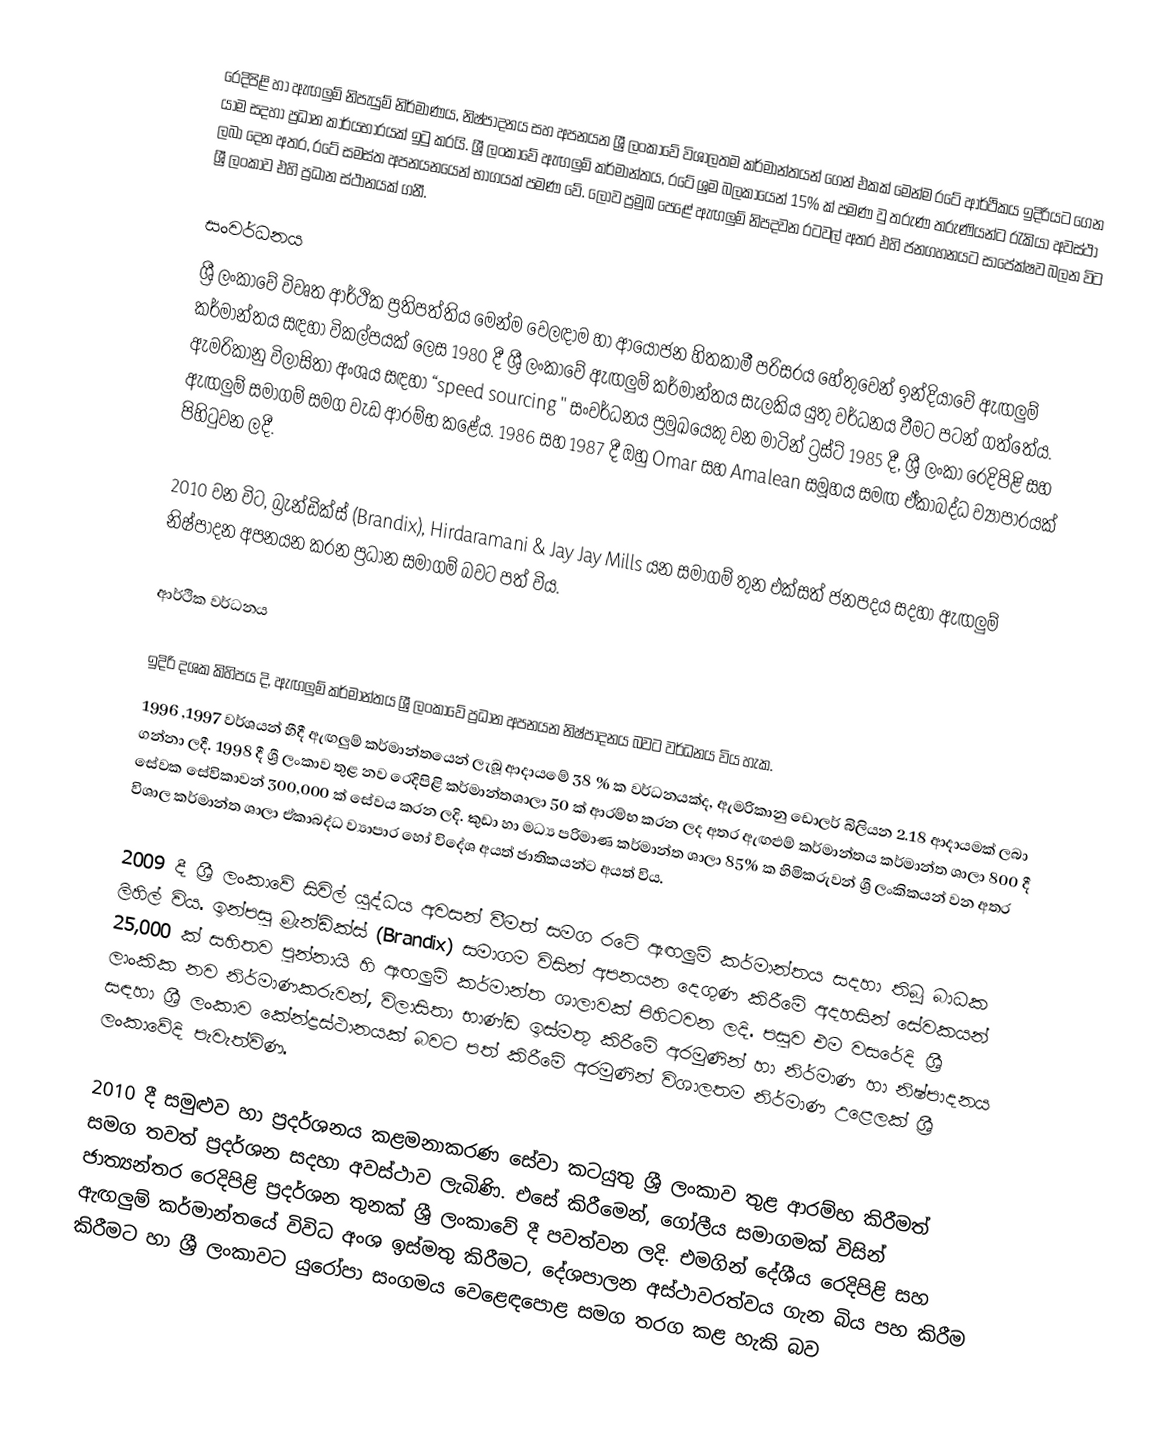
රෙදිපිළි හා ඇඟලුම් නිපැයුම් නිර්මාණය, නිෂ්පාදනය සහ අපනයන ශ්‍රී ලංකාවේ විශාලතම කර්මාන්තයන් ගෙන් එකක් මෙන්ම රටේ ආර්ථිකය ඉදිරියට ගෙන යාම සදහා ප්‍රධාන කාර්යභාරයක් ඉටු කරයි. ශ්‍රී ලංකාවේ ඇඟලුම් කර්මාන්තය, රටේ ශ්‍රම බලකායෙන් 15% ක් පමණ වු තරුණ තරුණියන්ට රැකියා අවස්ථා ලබා දෙන අතර, රටේ සමස්ත අපනයනයෙන් භාගයක් පමණ වේ. ලොව ප්‍රමුඛ පෙළේ ඇඟලුම් නිපදවන රටවල් අතර එහි ජනගහනයට සාපේක්ෂව බලන විට ශ්‍රී ලංකාව එහි ප්‍රධාන ස්ථානයක් ගනී.

සංවර්ධනය
ශ්‍රී ලංකාවේ විවෘත ආර්ථික ප්‍රතිපත්තිය මෙන්ම වෙලඳාම හා ආයෝජන හිතකාමී පරිසරය හේතුවෙන් ඉන්දියාවේ ඇඟලුම් කර්මාන්තය සඳහා විකල්පයක් ලෙස 1980 දී ශ්‍රී ලංකාවේ ඇඟලුම් කර්මාන්තය සැලකිය යුතු වර්ධනය වීමට පටන් ගත්තේය. ඇමරිකානු විලාසිතා අංශය සඳහා “speed sourcing " සංවර්ධනය ප්‍රමුඛයෙකු වන මාටින් ට්‍රස්ට් 1985 දී, ශ්‍රී ලංකා රෙදිපිළි සහ ඇඟලුම් සමාගම් සමග වැඩ ආරම්භ කළේය. 1986 සහ 1987 දී ඔහු Omar සහ Amalean සමූහය සමඟ ඒකාබද්ධ ව්‍යාපාරයක් පිහිටුවන ලදී. 

2010 වන විට, බ්‍රැන්ඩික්ස් (Brandix), Hirdaramani & Jay Jay Mills යන සමාගම් තුන එක්සත් ජනපදය සදහා ඇඟලුම් නිෂ්පාදන අපනයන කරන ප්‍රධාන සමාගම් බවට පත් විය.

ආර්ථික වර්ධනය

ඉදිරි දශක කිහිපය දි, ඇඟලුම් කර්මාන්තය ශ්‍රී ලංකාවේ ප්‍රධාන අපනයන නිෂ්පාදනය බවට වර්ධනය විය හැක.
1996 ,1997 වර්ශයන් හීදී ඇඟලුම් කර්මාන්තයෙන් ලැබූ ආදායමේ 38 % ක වර්ධනයක්ද, ඇමරිකානු ඩොලර් බිලියන 2.18 ආදායමක් ලබා ගන්නා ලදී. 1998 දී ශ්‍රී ලංකාව තුළ නව රෙදිපිළි කර්මාන්තශාලා 50 ක් ආරම්භ කරන ලද අතර ඇඟළුම් කර්මාන්තය කර්මාන්ත ශාලා 800 දී සේවක සේවිකාවන් 300,000 ක් සේවය කරන ලදි. කුඩා හා මධ්‍ය පරිමාණ කර්මාන්ත ශාලා 85% ක හිමිකරුවන් ශ්‍රී ලංකිකයන් වන අතර විශාල කර්මාන්ත ශාලා ඒකාබද්ධ ව්‍යාපාර හෝ විදේශ අයත් ජාතිකයන්ට අයත් විය. 

2009 දී ශ්‍රී ලංකාවේ සිවිල් යුද්ධය අවසන් වීමත් සමග රටේ ඇඟලුම් කර්මාන්තය සදහා තිබූ බාධක ලිහිල් විය. ඉන්පසු බ්‍රැන්ඩික්ස් (Brandix) සමාගම විසින් අපනයන දෙගුණ කිරීමේ අදහසින් සේවකයන් 25,000 ක් සහිතව පුන්නායි හි ඇඟලුම් කර්මාන්ත ශාලාවක් පිහිටවන ලදි. පසුව එම වසරේදි ශ්‍රී ලාංකික නව නිර්මාණකරුවන්, විලාසිතා භාණ්ඩ ඉස්මතු කිරීමේ අරමුණින් හා නිර්මාණ හා නිෂ්පාදනය සඳහා ශ්‍රී ලංකාව කේන්ද්‍රස්ථානයක් බවට පත් කිරීමේ අරමුණින් විශාලතම නිර්මාණ උළෙලක් ශ්‍රී ලංකාවේදි පැවැත්විණ.

2010 දී සමුළුව හා ප්‍රදර්ශනය කළමනාකරණ සේවා කටයුතු ශ්‍රී ලංකාව තුළ ආරම්භ කිරීමත් සමග තවත් ප්‍රදර්ශන සදහා අවස්ථාව ලැබිණි. එසේ කිරීමෙන්, ගෝලීය සමාගමක් විසින් ජාත්‍යන්තර රෙදිපිළි ප්‍රදර්ශන තුනක් ශ්‍රී ලංකාවේ දී පවත්වන ලදි. එමගින් දේශීය රෙදිපිළි සහ ඇඟලුම් කර්මාන්තයේ විවිධ අංශ ඉස්මතු කිරීමට, දේශපාලන අස්ථාවරත්වය ගැන බිය පහ කිරීම කිරීමට හා ශ්‍රී ලංකාවට යුරෝපා සංගමය වෙළෙඳපොළ සමග තරග කළ හැකි බව